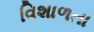
વિશાળતા